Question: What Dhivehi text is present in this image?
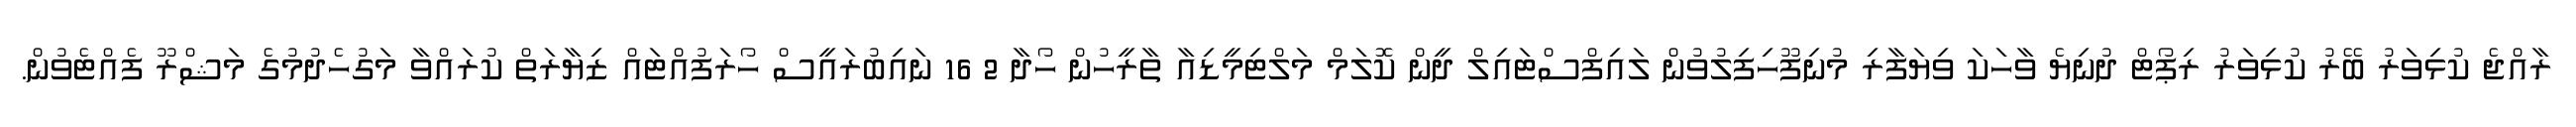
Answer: ރާއްޖެ ކުޅިވަރު ބޭރު ކުޅިވަރު ރިޕޯޓް ދުނިޔެ ވާހަކަ ވިޔަފާރި މުނިފޫހިފިލުވުން ލައިފްސްޓައިލް ދީން ކޮލަމް މަލްޓިމީޑިއާ ތާރީހުން ހޯދާ 2 16 ނައިބުރައީސް ހޯރަފުއްޓައް ޒިޔާރަތް ކުރައްވާ މަގުހެދުމުގެ މަޝްރޫ ފެއްޓެވުން.